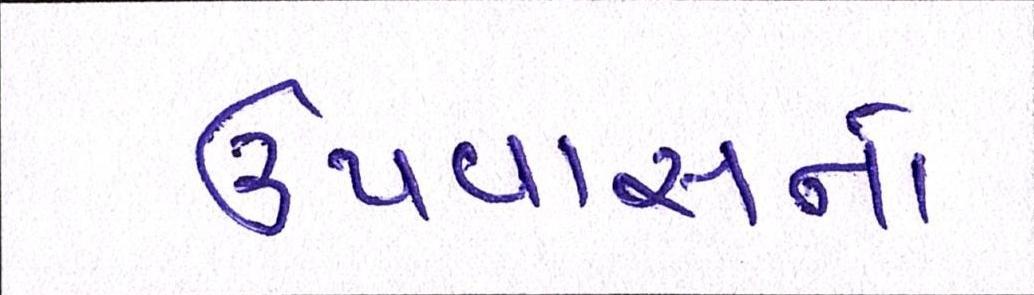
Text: ઉપવાસનો